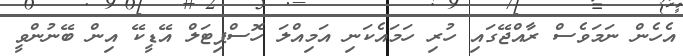
އެހެން ނަމަވެސް ރާއްޖޭގައި ހުރި ހަމައެކަނި އަމިއްލަ ހޮސްޕިޓަލް އޭޑީކޭ އިން ބޭނުންވީ